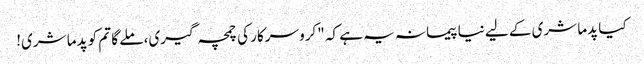
کیا پدما شری کے لیے نیا پیمانہ یہ ہے کہ "کرو سرکار کی چمچہ گیری، ملے گا تم کو پدما شری!